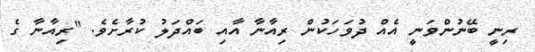
ރިނީ ބޭނުންވަނީ އެއް ދުވަހަކުން ރިއާނާ އާއި ބައްދަލު ކުރާށެވެ. "ރިއާނާ ގެ